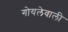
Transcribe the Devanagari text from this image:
गोयलेवाली